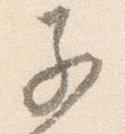
子